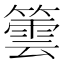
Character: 䉙